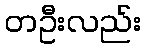
တဦးလည်း